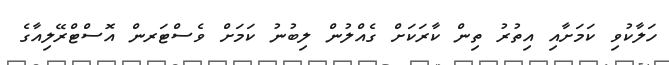
ހަލާކުވި ކަމަށާއި އިތުރު ތިން ކާރަކަށް ގެއްލުން ލިބުނު ކަމަށް ވެސްޓަރން އޮސްޓްރޭލިއާގެ